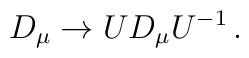
D_{\mu}\rightarrow UD_{\mu}U^{-1}\,{.}